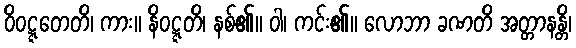
ဝိဝဋ္ဋတေတိ၊ ကား။ နိဝဋ္ဋတိ၊ နစ်၏။ ဝါ၊ ကင်း၏။ လောဘာ ခဏတိ အတ္တာနန္တိ၊